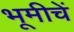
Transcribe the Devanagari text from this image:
भूमीचें